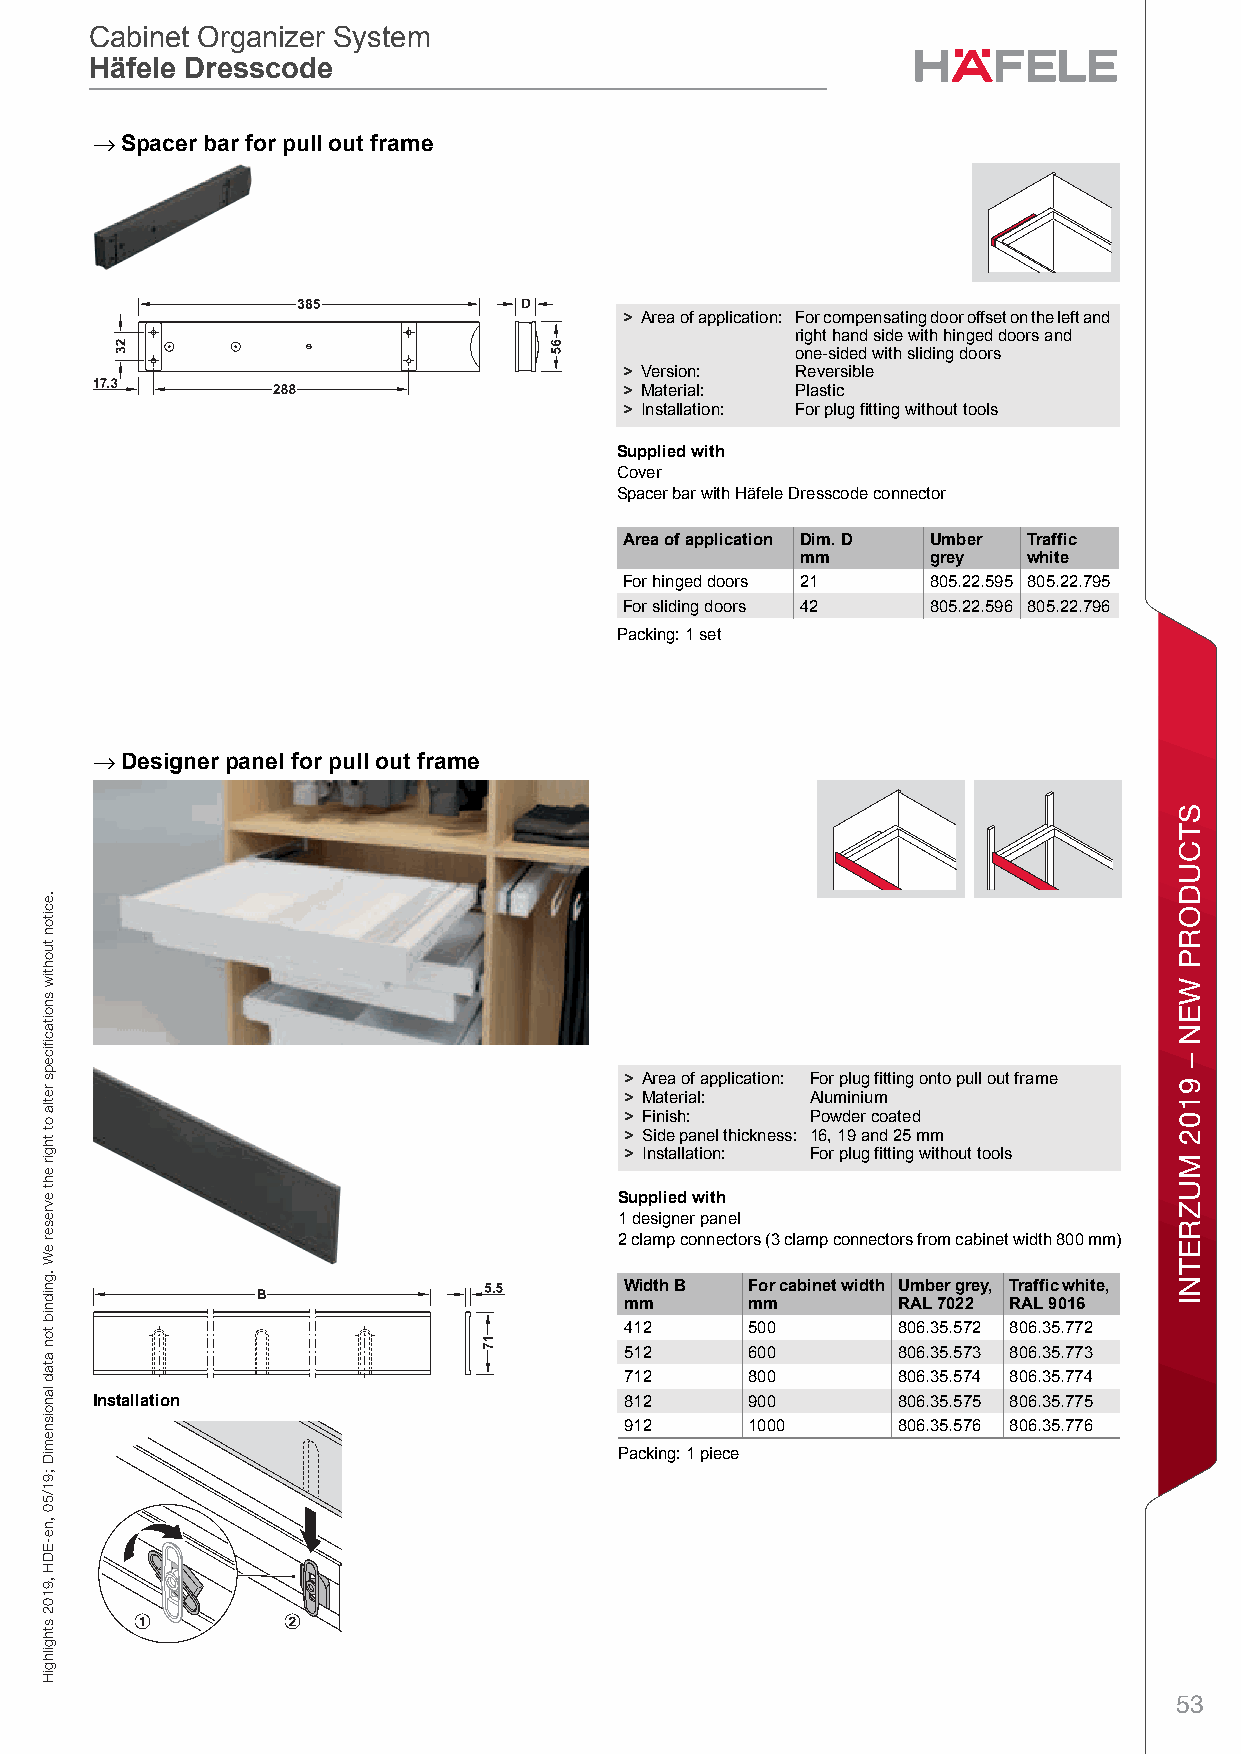
Cabinet Organizer System
 Cabinet Organizer System
 Häfele Dresscode
 Häfele Dresscode
 W→ardrobe Fi ttings and Accessories, WardrobesCabinet Organizer SystemHäfele Dresscode – / Planning and ConstructionDimensional data not binding. We reserve the right to alter specifications without notice.
 Spacer bar for pull out frame
 > Area of application: For compensating door offset on the left and
 right hand side with hinged doors and
 one-sided with sliding doors
 > Version:  Reversible
 > Material: Plastic
 > Installation: For plug fitting without tools
 Supplied with
 Cover
 Spacer bar with Häfele Dresscode connector
 Area of application Dim. D Umber Traffic
 mm       grey  white
 For hinged doors 21  805.22.595 805.22.795
 For sliding doors 42 805.22.596 805.22.796
 Packing: 1 set
 →                                                                       8
 Designer panel for pull out frame
 > Area of application: For plug fitting onto pull out frame
 > Material:  Aluminium
 > Finish:    Powder coated
 > Side panel thickness: 16, 19 and 25 mm
 > Installation: For plug fitting without tools
 Supplied with
 1 designer panel
 2 clamp connectors (3 clamp connectors from cabinet width 800 mm)
 Width B  For cabinet width Umber grey, Traffic white,
 mm       mm       RAL 7022 RAL 9016
 412      500      806.35.572 806.35.772
 512      600      806.35.573 806.35.773
 712      800      806.35.574 806.35.774
 Installation                       812      900      806.35.575 806.35.775
 912      1000     806.35.576 806.35.776
 Packing: 1 piece
 53
 .eciton
 tuohtiw
 snoitacfiiceps
 retla
 ot
 thgir
 eht
 evreser
 eW
 .gnidnib
 ton
 atad
 lanoisnemiD
 ;91/50
 ,ne-EDH
 ,9102
 sthgilhgiH
 sebordraW
 ,seirosseccA
 dna
 sgnittiF
 ebordraW
 STCUDORP
 WEN
 –
 9102
 MUZRETNI